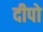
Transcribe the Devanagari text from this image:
दीपो